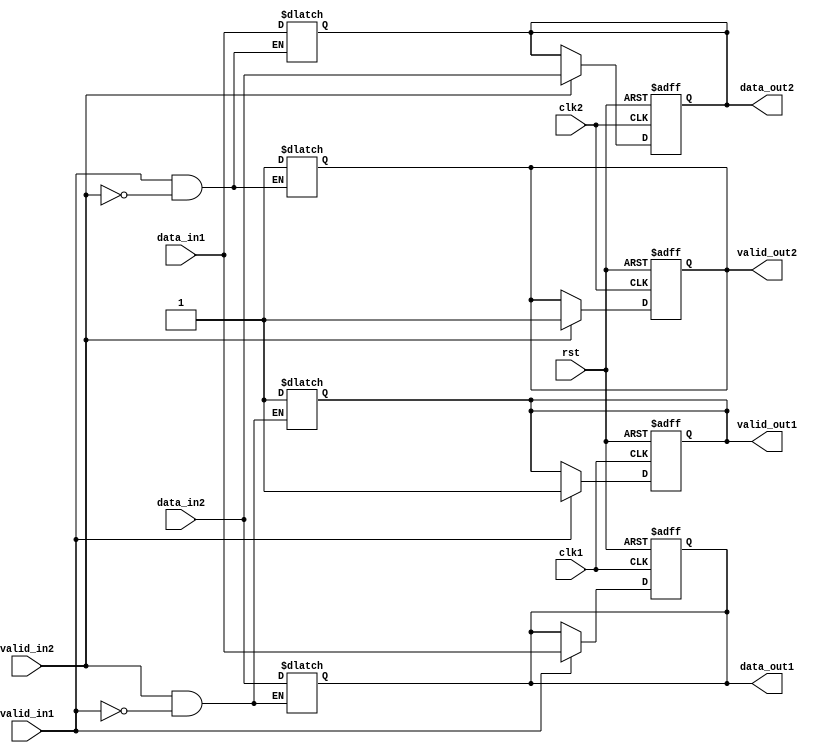
module dual_port_bypass_reg (
    input wire clk1, // Clock input for port 1
    input wire clk2, // Clock input for port 2
    input wire rst, // Reset signal
    input wire [31:0] data_in1, // Data input for port 1
    input wire valid_in1, // Valid input signal for data in port 1
    input wire [31:0] data_in2, // Data input for port 2
    input wire valid_in2, // Valid input signal for data in port 2
    output reg [31:0] data_out1, // Data output for port 1
    output reg valid_out1, // Valid output signal for data out port 1
    output reg [31:0] data_out2, // Data output for port 2
    output reg valid_out2 // Valid output signal for data out port 2
);

always @(posedge clk1 or posedge rst) begin
    if (rst) begin
        data_out1 <= 0;
        valid_out1 <= 0;
    end else begin
        if (valid_in1) begin
            data_out1 <= data_in1;
            valid_out1 <= 1;
        end
    end
end

always @(posedge clk2 or posedge rst) begin
    if (rst) begin
        data_out2 <= 0;
        valid_out2 <= 0;
    end else begin
        if (valid_in2) begin
            data_out2 <= data_in2;
            valid_out2 <= 1;
        end
    end
end

// Bypass logic
always @* begin
    if (valid_in1 && !valid_in2) begin
        data_out2 <= data_in1;
        valid_out2 <= 1;
    end
    if (valid_in2 && !valid_in1) begin
        data_out1 <= data_in2;
        valid_out1 <= 1;
    end
end

endmodule